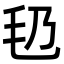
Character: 㲌